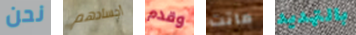
نحن أجسادهم وقدم ماتت بالتهديد